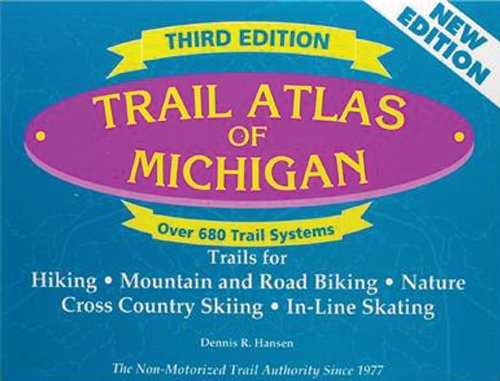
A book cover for Trail Atlas of Michigan: Third Edition (Maps & Atlases); Dennis R. Hansen; Sports & Outdoors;